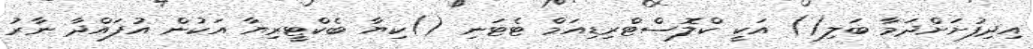
އިދިފުށަށްދަމާ ބަލި() އަކީ ކްލޮސްޓްރިޑިއަމް ޓެޓަނި ()ކިޔާ ބެކްޓީރިޔާ އަކުން އުފައްދާ ނާރު